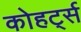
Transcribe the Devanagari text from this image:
कोहर्ट्स